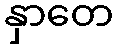
နှာတေ